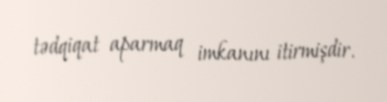
tədqiqat aparmaq imkanını itirmişdir.